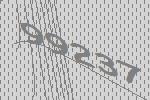
99237